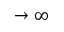
\rightarrow \infty